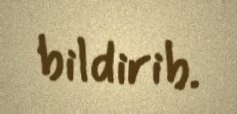
bildirib.